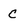
Character: C